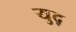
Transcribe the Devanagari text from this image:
युद्